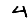
Digit: 4